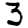
Digit: 3